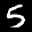
Label: 5